Cholera in India, 1862 to 1881
Year: 1862
Disease focus: Cholera
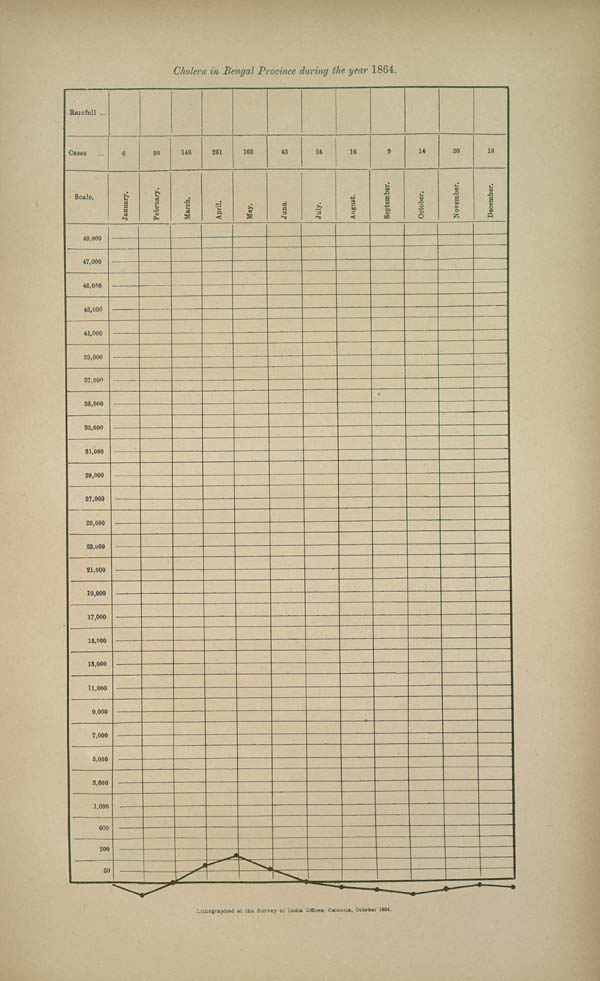
Cholera in Bengal Province during the year 1864.
Lithographed at the Survey of India Offices, Calcutta, October 1884.